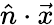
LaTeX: {\hat{n}}\cdot{\vec{x}}